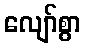
လျော်စွာ